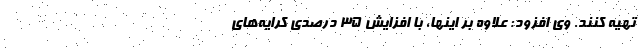
تهیه کنند. وی افزود: علاوه بر اینها، با افزایش ۳۵ درصدی کرایه‌های